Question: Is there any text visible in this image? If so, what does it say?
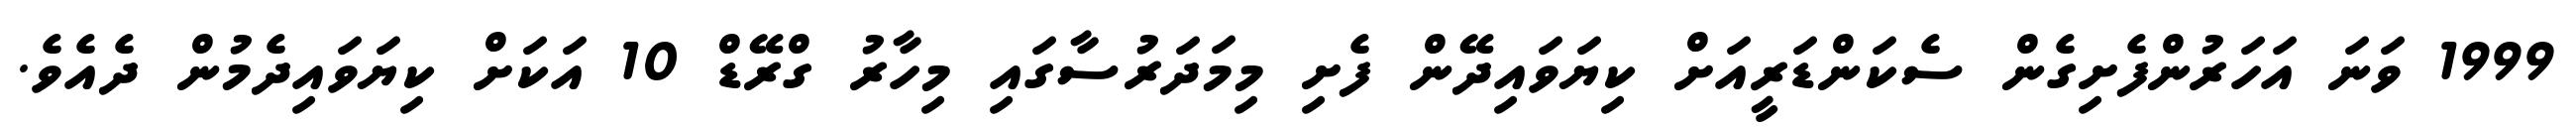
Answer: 1999 ވަނަ އަހަރުންފެށިގެން ސެކަންޑަރީއަށް ކިޔަވައިދޭން ފެށި މިމަދަރުސާގައި މިހާރު ގްރޭޑް 10 އަކަށް ކިޔަވައިދެމުން ދެއެވެ.